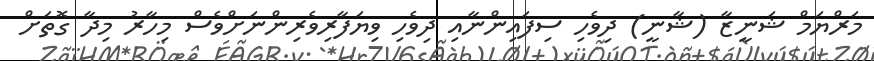
މަރްޔަމް ޝަނީޒާ (ޝާނީ) ދިވެހި ސިފައިންނާއި ދިވެހި ވިޔަފާރިވެރިންނަށްވެސް މިހާރު މިދާ ގޮތަށް